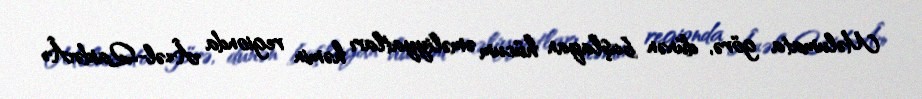
Məlumata görə, dünən başlayan hücum əməliyyatları həmin regionda Â«əl-QaidəÂ»